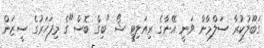
ގަބޫލުކުރާ ސަލްމާން ވަނީ އޭނާގެ ރިއަލިޓީ ޝޯ "ބިގް ބޮސް"ގެ މިފަހަރުގެ ސީޒަން